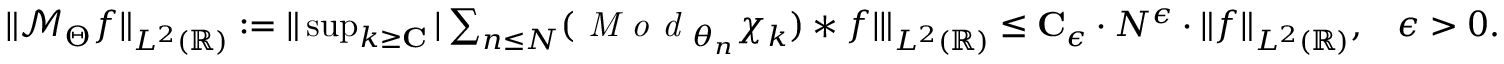
\begin{array} { r } { \| \mathcal { M } _ { \Theta } f \| _ { L ^ { 2 } ( \mathbb { R } ) } \mathrel { \mathop : } = \| \operatorname* { s u p } _ { k \geq \mathbf { C } } | \sum _ { n \leq N } ( \mathrm { \emph { M o d } } _ { \theta _ { n } } \chi _ { k } ) * f | \| _ { L ^ { 2 } ( \mathbb { R } ) } \leq \mathbf { C } _ { \epsilon } \cdot N ^ { \epsilon } \cdot \| f \| _ { L ^ { 2 } ( \mathbb { R } ) } , \; \; \; \epsilon > 0 . } \end{array}